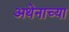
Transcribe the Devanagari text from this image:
अथेनाच्या